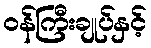
ဝန်ကြီးချုပ်နှင့်